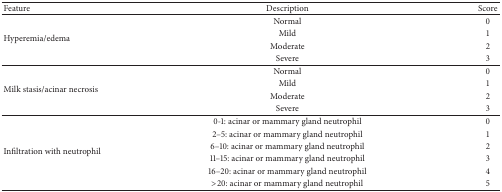
<table><thead><tr><td><b>Feature</b></td><td><b>Description</b></td><td><b>Score</b></td></tr></thead><tbody><tr><td rowspan="4">Hyperemia/edema</td><td>Normal</td><td>0</td></tr><tr><td>Mild</td><td>1</td></tr><tr><td>Moderate</td><td>2</td></tr><tr><td>Severe</td><td>3</td></tr><tr><td rowspan="4">Milk stasis/acinar necrosis</td><td>Normal</td><td>0</td></tr><tr><td>Mild</td><td>1</td></tr><tr><td>Moderate</td><td>2</td></tr><tr><td>Severe</td><td>3</td></tr><tr><td rowspan="6">Infiltration with neutrophil</td><td>0-1: acinar or mammary gland neutrophil</td><td>0</td></tr><tr><td>2–5: acinar or mammary gland neutrophil</td><td>1</td></tr><tr><td>6–10: acinar or mammary gland neutrophil</td><td>2</td></tr><tr><td>11–15: acinar or mammary gland neutrophil</td><td>3</td></tr><tr><td>16–20: acinar or mammary gland neutrophil</td><td>4</td></tr><tr><td>&gt;20: acinar or mammary gland neutrophil</td><td>5</td></tr></tbody></table>